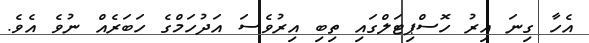
އެހާ ގިނަ އިރު ހޮސްޕިޓަލްގައި ތިބި އިރުވެސަ އަދުހަމްގެ ހަބަރެއް ނުވެ އެވެ.